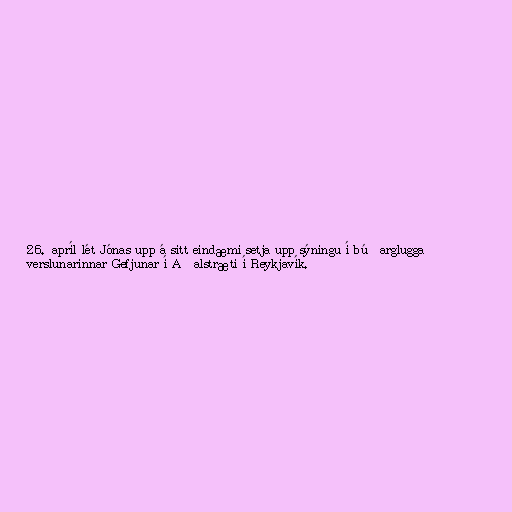
26. apríl lét Jónas upp á sitt eindæmi setja upp sýningu í búðarglugga
verslunarinnar Gefjunar í Aðalstræti í Reykjavík.